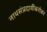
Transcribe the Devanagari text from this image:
नाथसंप्रदायींबरोबर